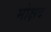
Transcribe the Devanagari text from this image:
मोक्षद